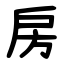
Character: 房